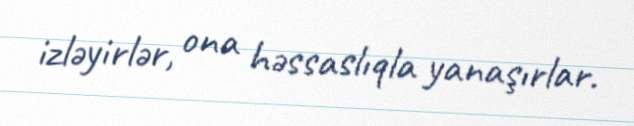
izləyirlər, ona həssaslıqla yanaşırlar.